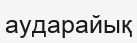
аударайық